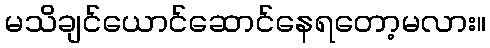
မသိချင်ယောင်ဆောင်နေရတော့မလား။